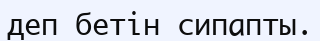
деп бетін сипапты.